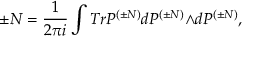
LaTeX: \pm N = \frac { 1 } { 2 { \pi } i } \int T r { \cal P } ^ { ( { \pm } N ) } d { \cal P } ^ { ( { \pm } N ) } { \wedge } d { \cal P } ^ { ( { \pm } N ) } ,